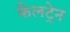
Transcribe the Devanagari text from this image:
कैलट्रेन